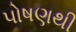
પોષણથી